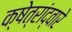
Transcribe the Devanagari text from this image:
क्षेत्रांद्वारे